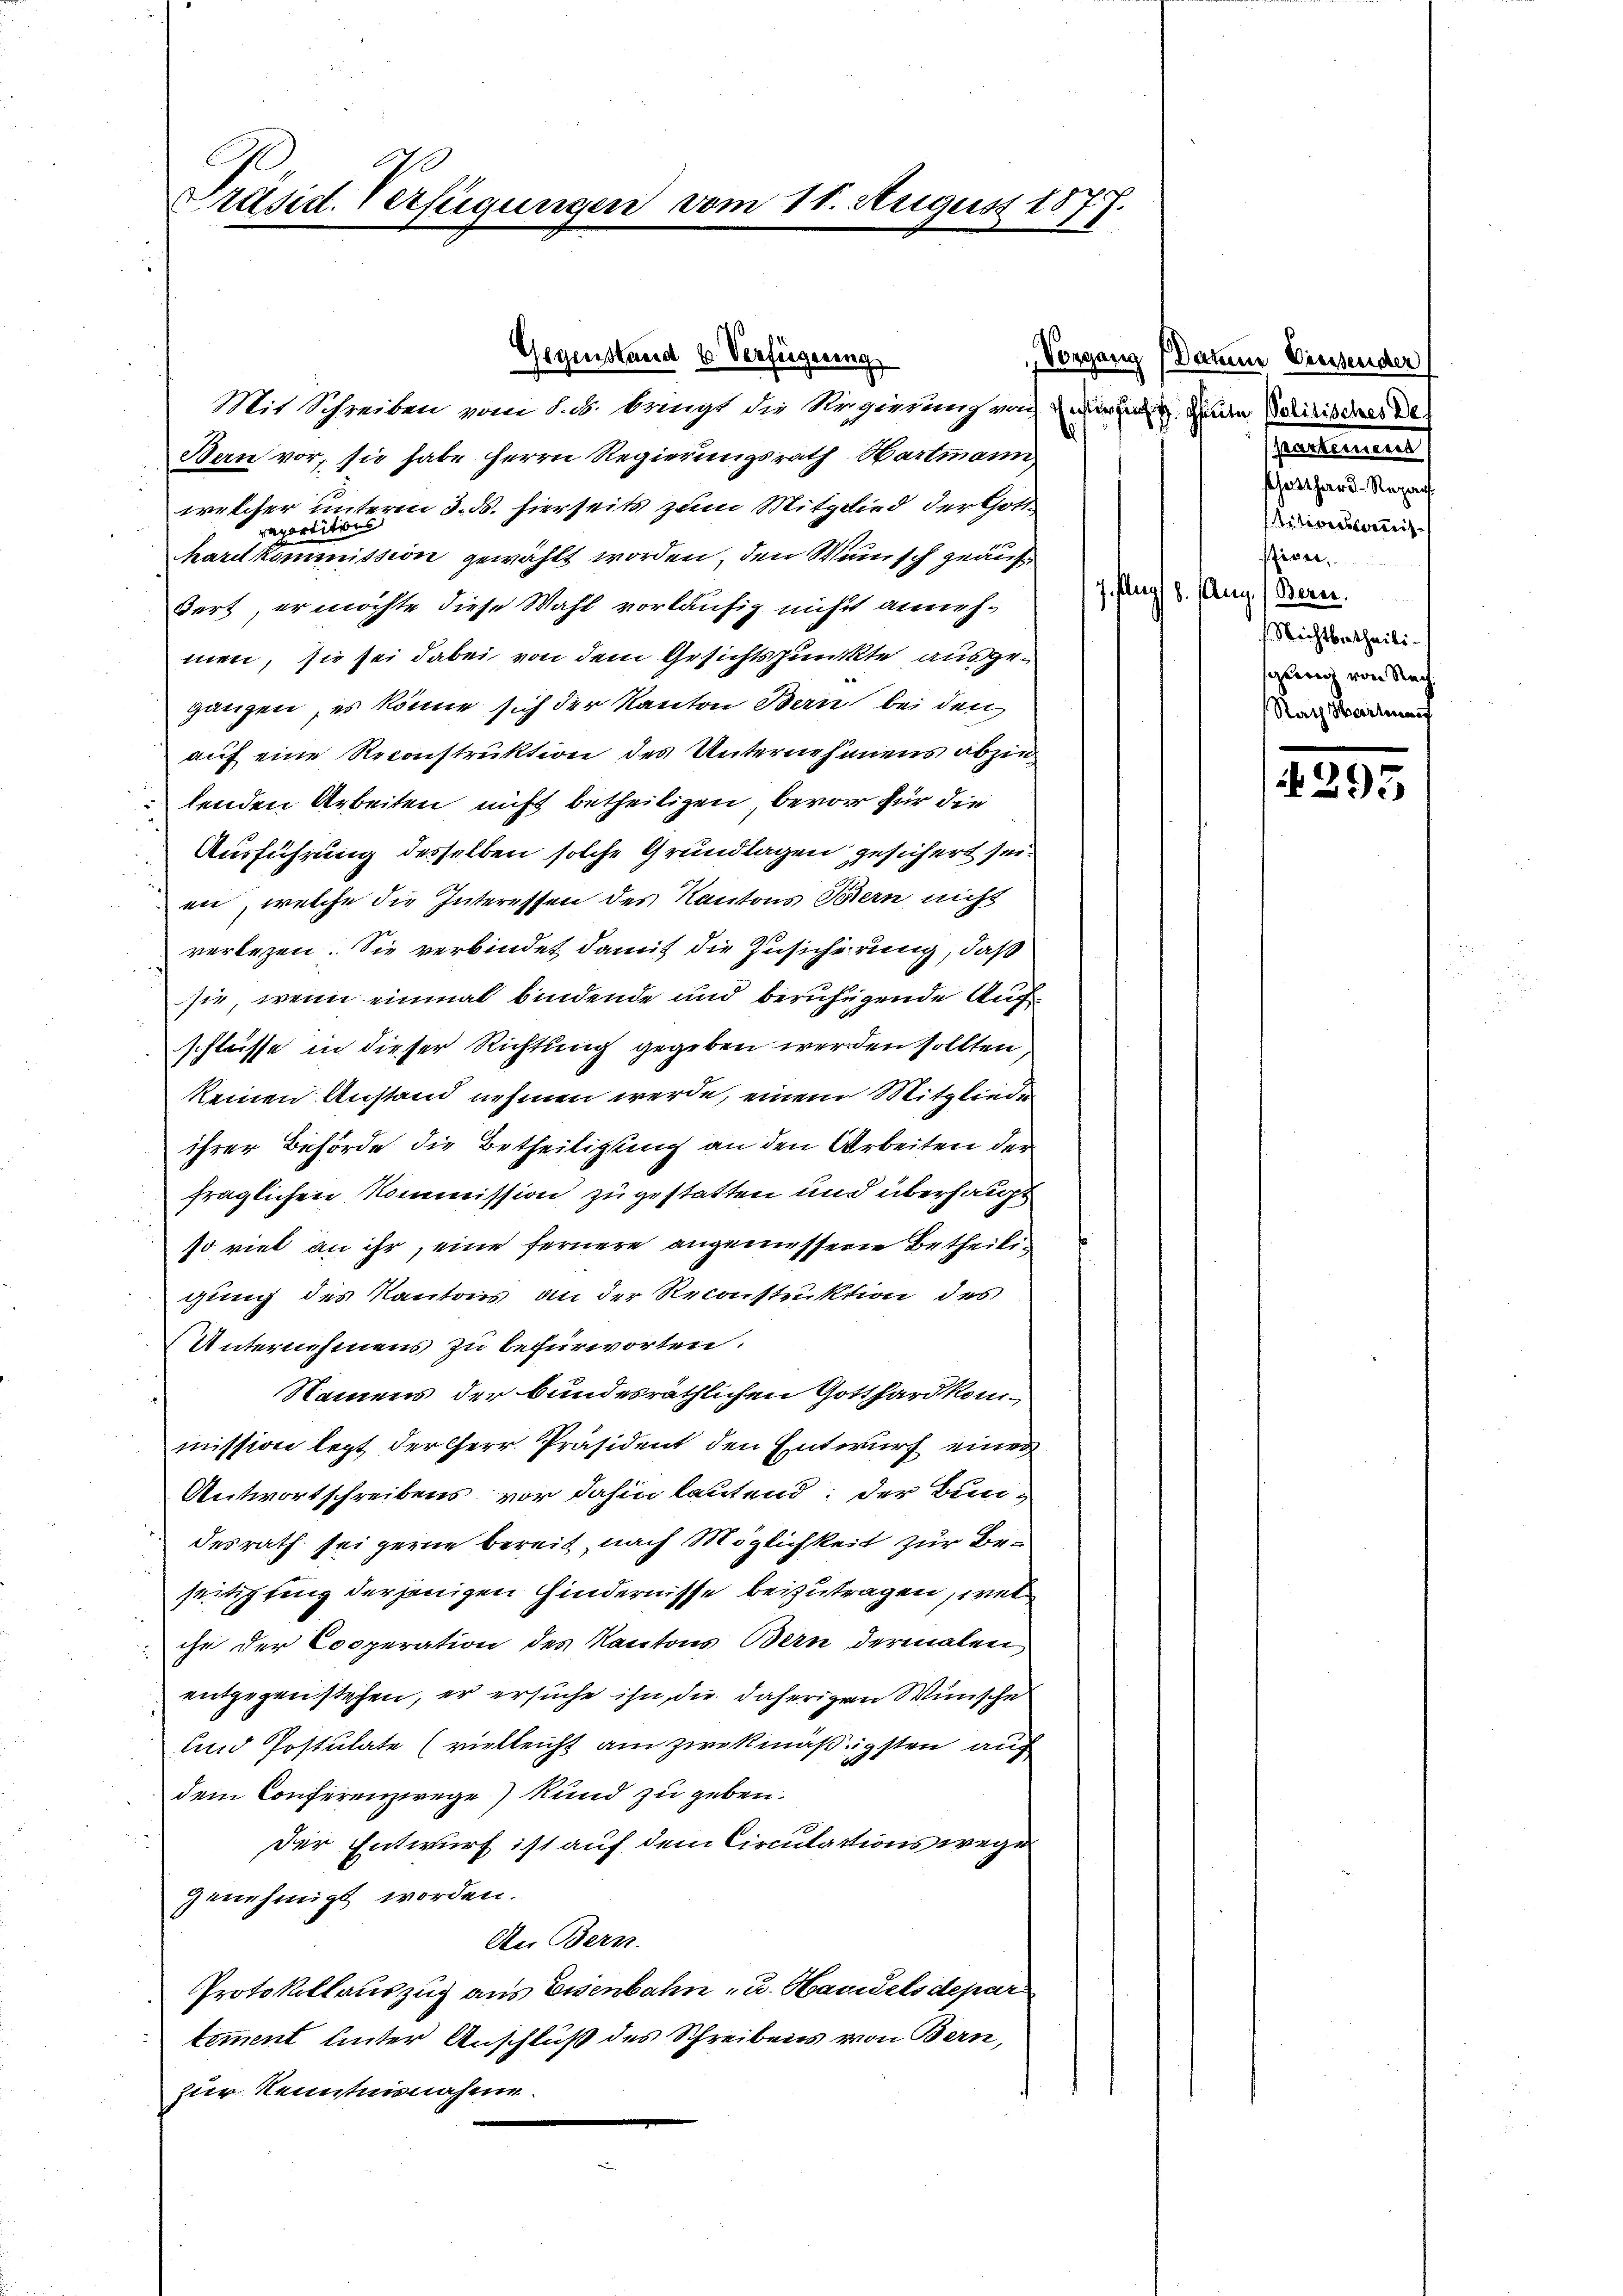
Präsid. Verfügungen vom 11. August 1877.

Gegenstand & Verfügung

Mit Schreiben von d. d. bringt die Regierung nach wir hat. Heute Politisches De
Ban vor, sie habe Herrn Regierungsrath Hartmann
2
welcher unterm 3. ds. hierseits zum Mitglied der Gott
raportition
hardkommission gewählt worden, den Wunsch geäuf¬
Fort, er möchte diese Wahl vorläufig nicht annehmen, sie sei dabei von dem Gesichtspunkte ausgeganzen, es könne sich der Kanton Bern bei den
auf eine Reconstruktion des Unternehmens abzie
lenden Arbeiten nicht betheiligen, bevor für die
Ausführung desselben solche Grundlagen gesichert sei.
en, welche die Interessen des Kantons Bern nicht
verlesen. Sie verbindet damit die Zusicherung, daß
sie, wenn einmal bindende und beruhigende Auf
schlüsse in dieser Richtung gegeben werden sollten
keinen Anstand nehmen werde, einem Mitgliede
ihrer Behörde die Betheiligung an den Arbeiten der
fraglichen Kommission zu gestatten und überhaupt
so viel an ihr, eine fernere angemessene Betheiligung des Kantons an der Reconstruktion des
Unternehmens zu befürworten.
Namens der bundesräthlichen Gotthardkommission legt der herr Präsident den Entwurf einer
Antwortschreibens vor dahin lautend: der Bundesrath sei gerne bereit, nach Möglichkeit zur Bestitipling derjenigen Hindernisse beizutragen, wel
ihr der Cooperation des Kantons Bern dermalen
entgegenstehen, er ersuche ihn, die daherigen Wünsche
und Postulate (vielleicht am zwekmäßigsten auch
dem Conferenzwege Kund zu geben.
Der Entwurf ist auf dem Circulations wege
genehmigt worden.
An Bern.
Protokollauszug aus Eisenbahn - u. Havuels depar
tement unter Anschluß des Schreibens von Bern,
zur Kenntnisnahme.

Vorgang (Datum Diesender
partemen
statthard-Repar
titionsverreis
iren.
7. flug 8. Aug. / Beren.
Nichtbetheilischung von Rech
Rath Hartman

4295